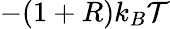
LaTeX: -(1+R)k_{B}\mathcal{T}